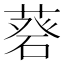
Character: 𦷦